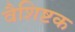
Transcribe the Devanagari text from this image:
वैशिष्टक